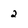
Character: 2